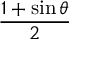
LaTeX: \frac { 1 + \sin \theta } { 2 }